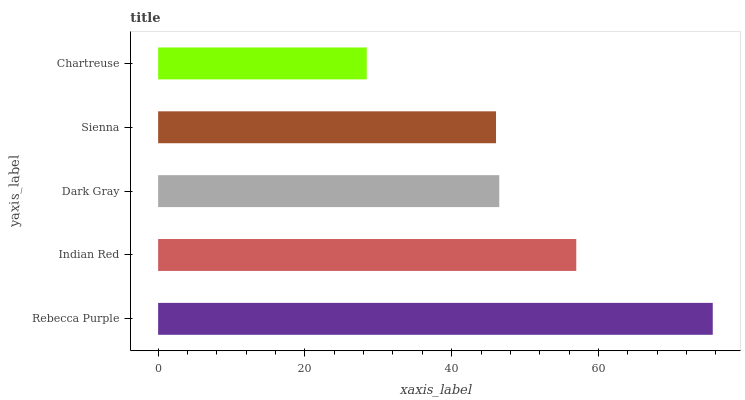
| yaxis_label | bars |
 | --- | --- |
 | Rebecca Purple | 75.6 |
 | Indian Red | 57 |
 | Dark Gray | 46.5 |
 | Sienna | 46 |
 | Chartreuse | 28.4 |